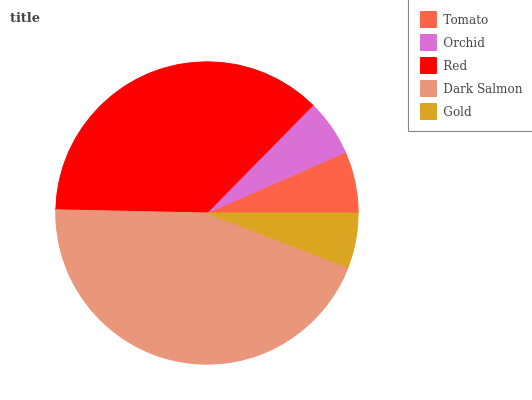
| Tomato | Orchid | Red | Dark Salmon | Gold |
 | --- | --- | --- | --- | --- |
 | 6.59% | 6.05% | 37.1% | 44.4% | 5.86% |